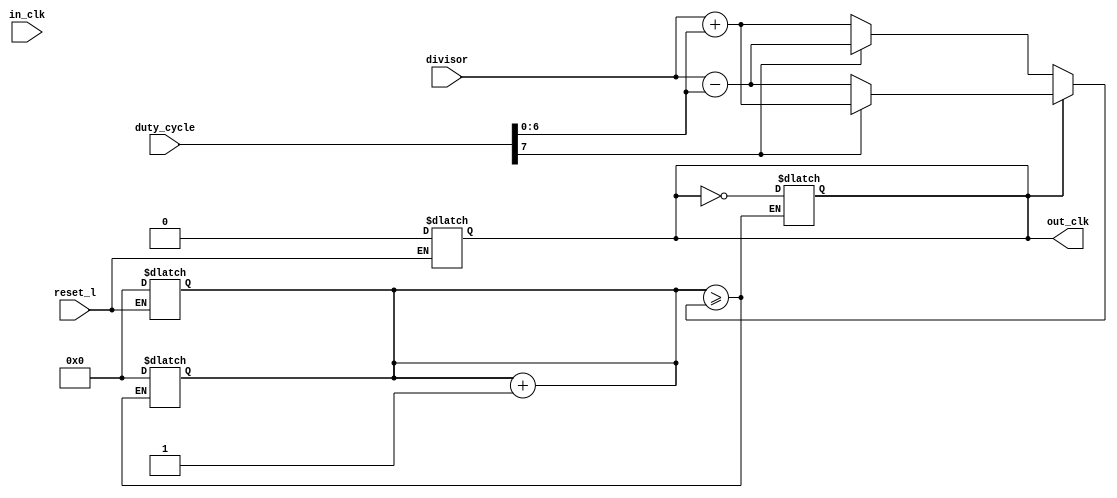
module freq_div
	#(parameter divisor_width = 8,
	parameter duty_cycle_width = divisor_width)

	(output reg out_clk,
	input [divisor_width-1:0] divisor,
	input [duty_cycle_width-1:0] duty_cycle,
	input reset_l, in_clk);
	
	reg [divisor_width-1:0] div_track;

	always @(in_clk) begin
		div_track <= div_track + 1;
	end

	reg [divisor_width:0] ct;
	wire d_high = duty_cycle[duty_cycle_width - 1];
	wire [duty_cycle_width - 2:0] d_low  = duty_cycle[duty_cycle_width-2:0];
	always @(div_track) begin
		if (out_clk)
			if (d_high)
				ct = divisor + d_low;
			else
				ct = divisor - d_low;
		else
			if (d_high)
				ct = divisor - d_low;
			else
				ct = divisor + d_low;

		if (div_track >= ct) begin
			out_clk <= ~out_clk;
			div_track <= 0;
		end
	end

	always @(reset_l) begin
		if (reset_l == 0) begin
			out_clk <= 0;
			div_track <= 0;
		end
	end
	
endmodule